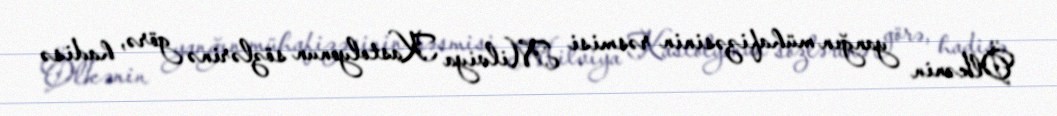
Ölkənin yanğın mühafizəsinin rəsmisi Milviya Kastolyonun sözlərinə görə, hadisə